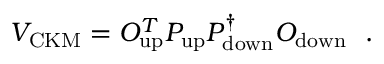
V _ { \mathrm { C K M } } = O _ { \mathrm { u p } } ^ { T } P _ { \mathrm { u p } } P _ { \mathrm { d o w n } } ^ { \dagger } O _ { \mathrm { d o w n } } ~ ~ .